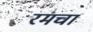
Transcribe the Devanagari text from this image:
रमचा